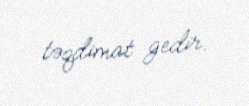
təqdimat gedir.